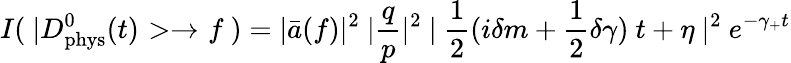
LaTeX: I(~|D_{\mathrm{phys}}^{0}(t)>\to f~)=|\bar{a}(f)|^{2}~|\frac{q}{p}|^{2}~|~\frac{1}{2}(i\delta m+\frac{1}{2}\delta\gamma)~t+\eta~|^{2}~e^{-\gamma_{+}t}